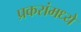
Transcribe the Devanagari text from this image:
प्रकरांमध्ये